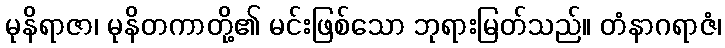
မုနိရာဇာ၊ မုနိတကာတို့၏ မင်းဖြစ်သော ဘုရားမြတ်သည်။ တံနာဂရာဇံ၊